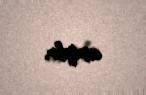
açıqdır.